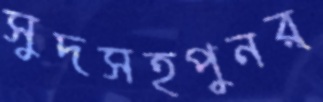
সুদসহপুনর্